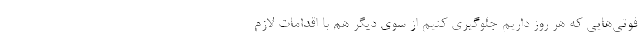
فوتی‌هایی که هر روز داریم جلوگیری کنیم از سوی دیگر هم با اقدامات لازم